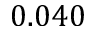
0 . 0 4 0